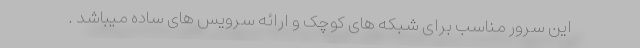
این سرور مناسب برای شبکه های کوچک و ارائه سرویس های ساده میباشد .